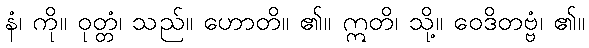
နံ၊ ကို။ ဝုတ္တံ၊ သည်။ ဟောတိ။ ၏။ ဣတိ၊ သို့။ ဝေဒိတဗ္ဗံ၊ ၏။